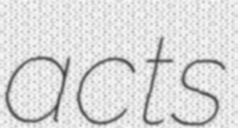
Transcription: acts